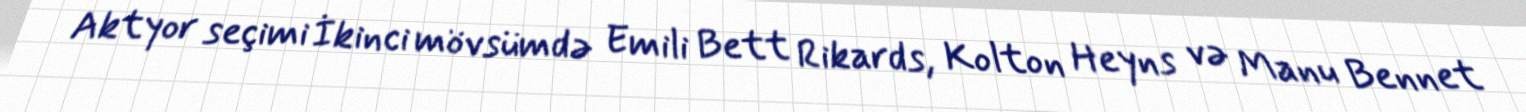
Aktyor seçimi İkinci mövsümdə Emili Bett Rikards, Kolton Heyns və Manu Bennet